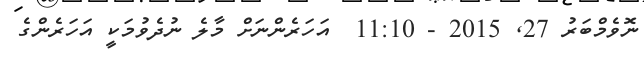
ނޮވެމްބަރު 27